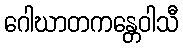
ဂေါဃာတကန္တေဝါသီ